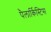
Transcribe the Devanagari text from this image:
पैलार्किस्टिस